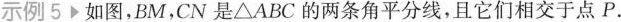
示例5如图，BM，CN是△ABC的两条角平分线，且它们相交于点P.